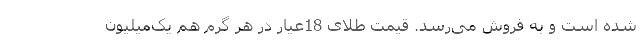
شده است و به فروش می‌رسد. قیمت طلای 18عیار در هر گرم هم یک‌میلیون